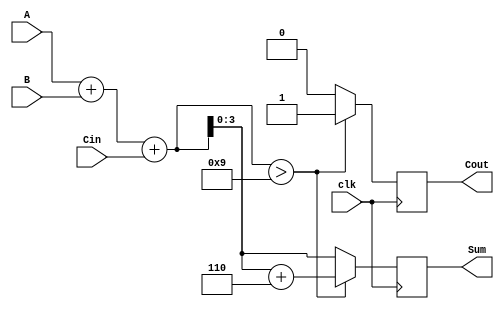
module BCD_Sequential_Adder (
    input wire [3:0] A,       // First BCD digit
    input wire [3:0] B,       // Second BCD digit
    input wire Cin,           // Carry input
    input wire clk,           // Clock signal
    output reg [3:0] Sum,     // BCD result
    output reg Cout           // Carry output
);

    reg [4:0] TempSum;        // Intermediate sum (5 bits for carry)
    
    always @(posedge clk) begin
        // Step 1: Perform binary addition
        TempSum = A + B + Cin;

        // Step 2: BCD Correction Logic
        if (TempSum > 9) begin
            // If TempSum exceeds 9, add 6 (0110 in binary)
            TempSum = TempSum + 5'b00110;
            Cout = 1;  // Set carry out
        end else begin
            Cout = 0;  // No carry out
        end

        // Step 3: Assign the corrected sum to the output
        Sum = TempSum[3:0];  // Take the lower 4 bits as the BCD result
    end

endmodule